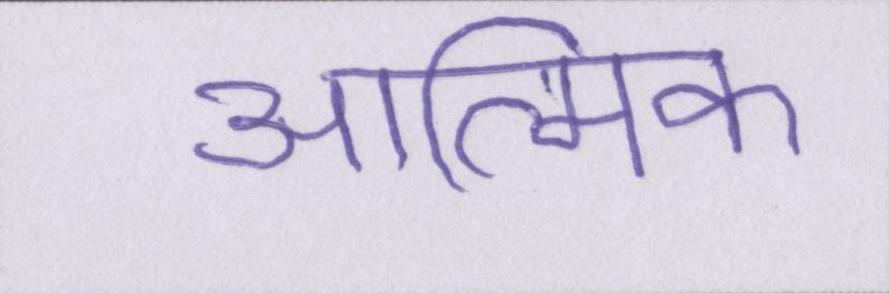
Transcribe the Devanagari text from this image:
आत्मिक